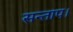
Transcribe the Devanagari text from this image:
सन्‍ताप।